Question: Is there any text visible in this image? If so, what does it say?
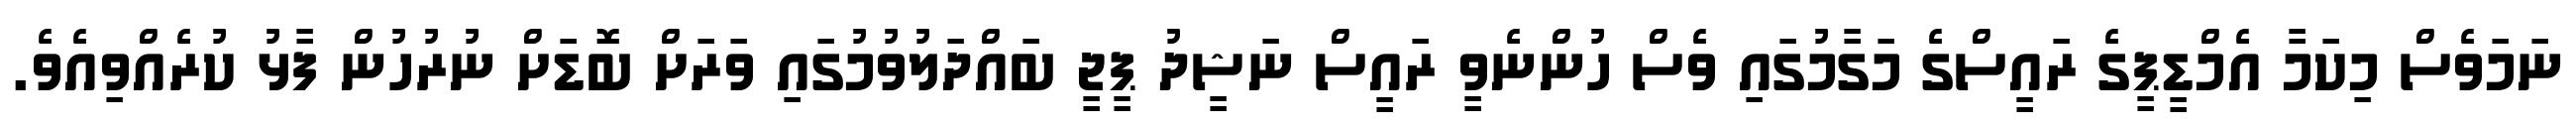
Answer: ނަމަވެސް މިކަމާ އެމްޑީޕީގެ ރައީސްގެ މަގާމުގައި ވެސް ހުންނެވީ ރައީސް ނަޝީދު ޕީޖީ ބައްދަލުވުމުގައި ވަރަށް ބޮޑަށް ނުރުހުން ފާޅު ކުރެއްވިއެވެ.